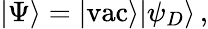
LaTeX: |\Psi\rangle=|{\mathrm{vac}}\rangle|\psi_{D}\rangle\, ,